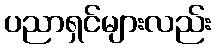
ပညာရှင်များလည်း